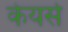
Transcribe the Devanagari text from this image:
केयर्स